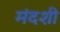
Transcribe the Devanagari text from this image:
मंदशी